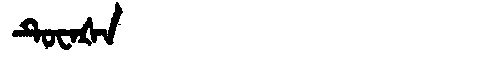
Manchu: ᡨᡠᠸᠠᡧᠠ
Romanization: TUWAŠA